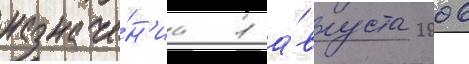
назначе́н'иа 1 а́вгуста 2006